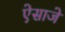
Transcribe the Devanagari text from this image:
ऐसाजे